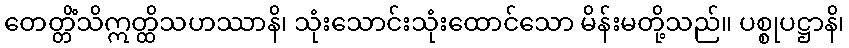
တေတ္တိံသိဣတ္ထိသဟဿာနိ၊ သုံးသောင်းသုံးထောင်သော မိန်းမတို့သည်။ ပစ္စုပဋ္ဌာနိ၊